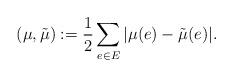
LaTeX: \begin{align*}(\mu,\tilde{\mu}):= \frac{1}{2} \sum_{e \in E}|\mu(e)-\tilde{\mu}(e)|.\end{align*}